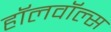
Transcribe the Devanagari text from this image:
हॉलवॉल्स